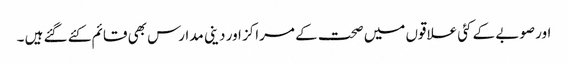
اور صوبے کے کئی علاقوں میں صحت کے مراکز اور دینی مدارس بھی قائم کئے گئے ہیں ۔